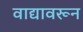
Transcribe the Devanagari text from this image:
वाद्यावरून